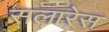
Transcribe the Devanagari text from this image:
सलारेस